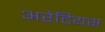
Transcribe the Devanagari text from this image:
अरेटियस